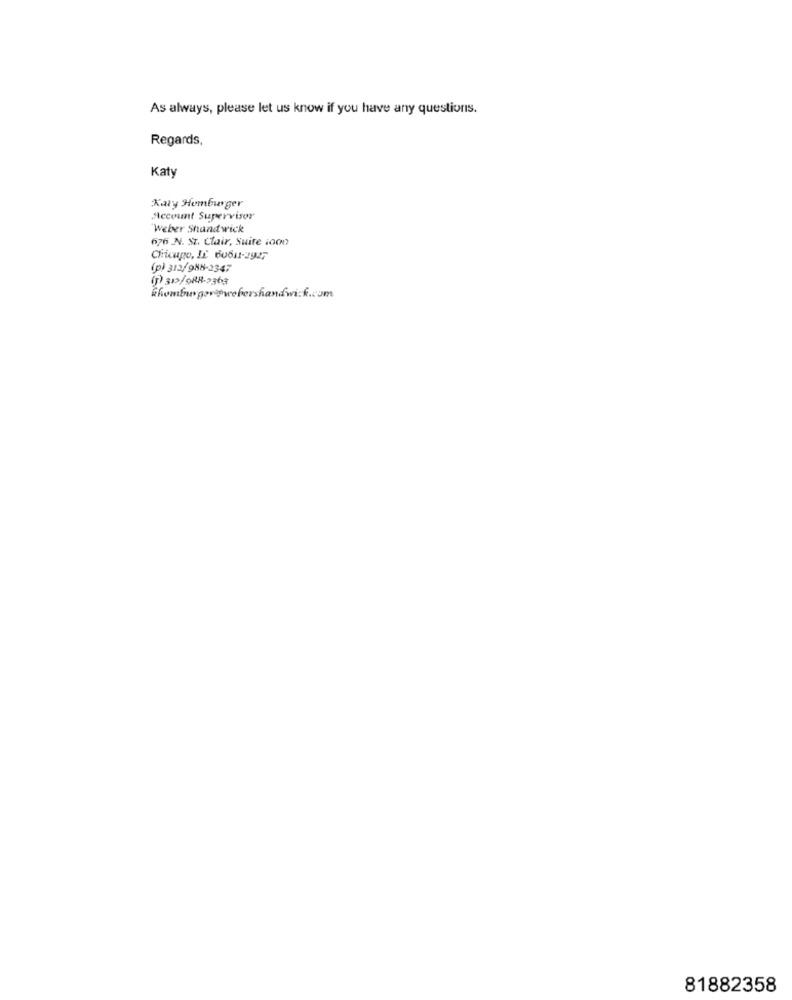
As always, please let us know if you have any questions.
Regards,
Katy
Kaly Homburger
Account Supervisor
Weber Shand wick
676 N. St. Clair, Suite :000
Chicago, IL 60611-2927
(p) 312/988-2347
(1) 312/088-2363
81882358